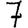
Digit: 7